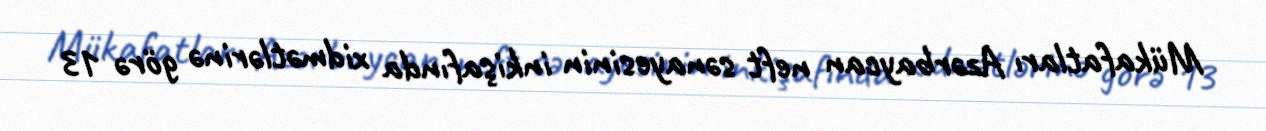
Mükafatları Azərbaycan neft sənayesinin inkişafında xidmətlərinə görə 13